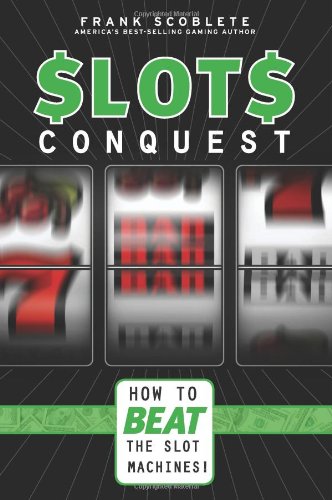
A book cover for Slots Conquest: How to Beat the Slot Machines!; Frank Scoblete; Humor & Entertainment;